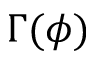
\Gamma ( \phi )